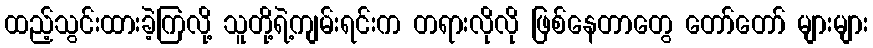
ထည့်သွင်းထားခဲ့ကြလို့ သူတို့ရဲ့ကျမ်းရင်းက တရားလိုလို ဖြစ်နေတာတွေ တော်တော် များများ